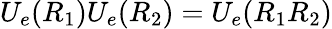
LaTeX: U_{e}(R_{1})U_{e}(R_{2})=U_{e}(R_{1}R_{2})